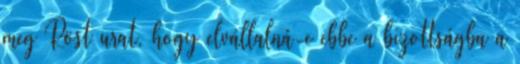
meg Röst urat, hogy elvállalná-e ebbe a bizottságba a